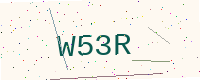
Text: W53R